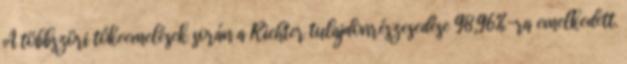
A többszöri tőkeemelések során a Richter tulajdonrészesedése 98,96%-ra emelkedett.